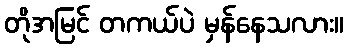
တိုအမြင် တကယ်ပဲ မှန်နေသလား။